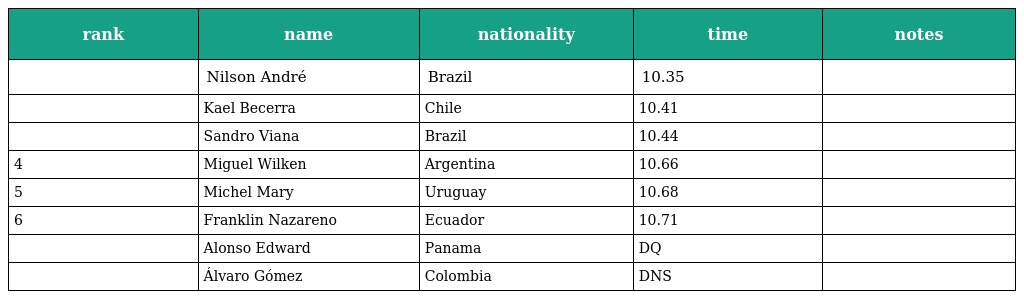
| rank | name | nationality | time | notes |
 | --- | --- | --- | --- | --- |
 |  | Nilson André | Brazil | 10.35 |  |
 |  | Kael Becerra | Chile | 10.41 |  |
 |  | Sandro Viana | Brazil | 10.44 |  |
 | 4 | Miguel Wilken | Argentina | 10.66 |  |
 | 5 | Michel Mary | Uruguay | 10.68 |  |
 | 6 | Franklin Nazareno | Ecuador | 10.71 |  |
 |  | Alonso Edward | Panama | DQ |  |
 |  | Álvaro Gómez | Colombia | DNS |  |